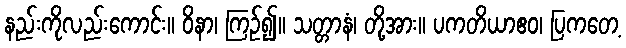
နည်းကိုလည်းကောင်း။ ဝိနာ၊ ကြဉ်၍။ သတ္တာနံ၊ တို့အား။ ပကတိယာဧဝ၊ ပြကတေ့